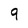
Character: 9